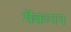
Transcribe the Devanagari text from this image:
मैकगन